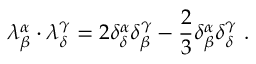
\lambda _ { \beta } ^ { \alpha } \cdot \lambda _ { \delta } ^ { \gamma } = 2 \delta _ { \delta } ^ { \alpha } \delta _ { \beta } ^ { \gamma } - { \frac { 2 } { 3 } } \delta _ { \beta } ^ { \alpha } \delta _ { \delta } ^ { \gamma } ~ .